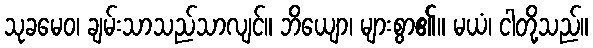
သုခမေဝ၊ ချမ်းသာသည်သာလျင်။ ဘိယျော၊ များစွာ၏။ မယံ၊ ငါတို့သည်။